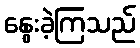
နွေးခဲ့ကြသည်